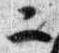
二